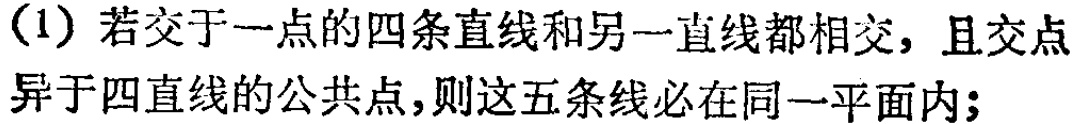
(1) 若交于一点的四条直线和另一直线都相交，且交点异于四直线的公共点，则这五条线必在同一平面内；